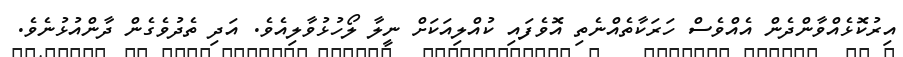
އިރުކޮޅެއްވާންދެން އެއްވެސް ހަރަކާތެއްނެތި އޮވެފައި ކުއްލިއަކަށް ނީލާ ލޯހުޅުވާލިއެވެ. އަދި ތެދުވެގެން ދާންއުޅުނެވެ.